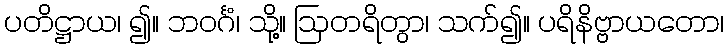
ပတိဋ္ဌာယ၊ ၍။ ဘဝင်္ဂံ၊ သို့။ ဩတရိတွာ၊ သက်၍။ ပရိနိဗ္ဗာယတော၊